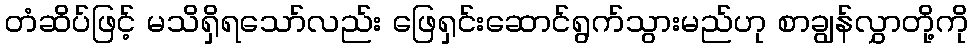
တံဆိပ်ဖြင့် မသိရှိရသော်လည်း ဖြေရှင်းဆောင်ရွက်သွားမည်ဟု စာချွန်လွှာတို့ကို